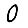
Digit: 0